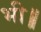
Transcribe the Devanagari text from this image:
भी॥